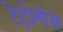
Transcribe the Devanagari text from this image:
टेट्रोमीनो